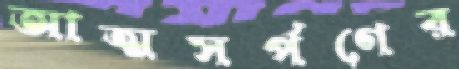
আত্মসর্পণের